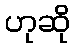
ဟုဆို